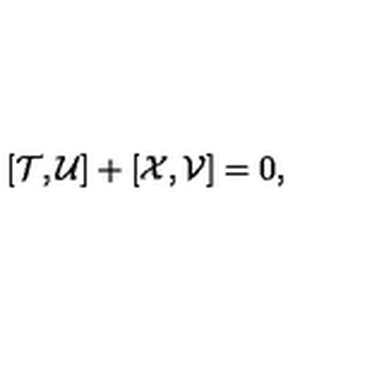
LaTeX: [ { \cal T } , { \cal U } ] + [ { \cal X } , { \cal V } ] = 0 ,